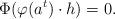
LaTeX: \begin{align*}\Phi (\varphi(a^{t})\cdot h)=0.\end{align*}